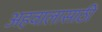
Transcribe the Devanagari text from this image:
अहवालासाठी